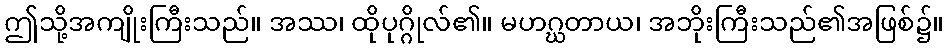
ဤသို့အကျိုးကြီးသည်။ အဿ၊ ထိုပုဂ္ဂိုလ်၏။ မဟဂ္ဃတာယ၊ အဘိုးကြီးသည်၏အဖြစ်၌။